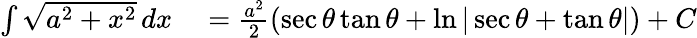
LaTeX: \begin{array}{rl}{\int{\sqrt{a^{2}+x^{2}}}\, dx}&{{}={\frac{a^{2}}{2}}(\sec\theta\tan\theta+\ln|\sec\theta+\tan\theta|)+C}\end{array}